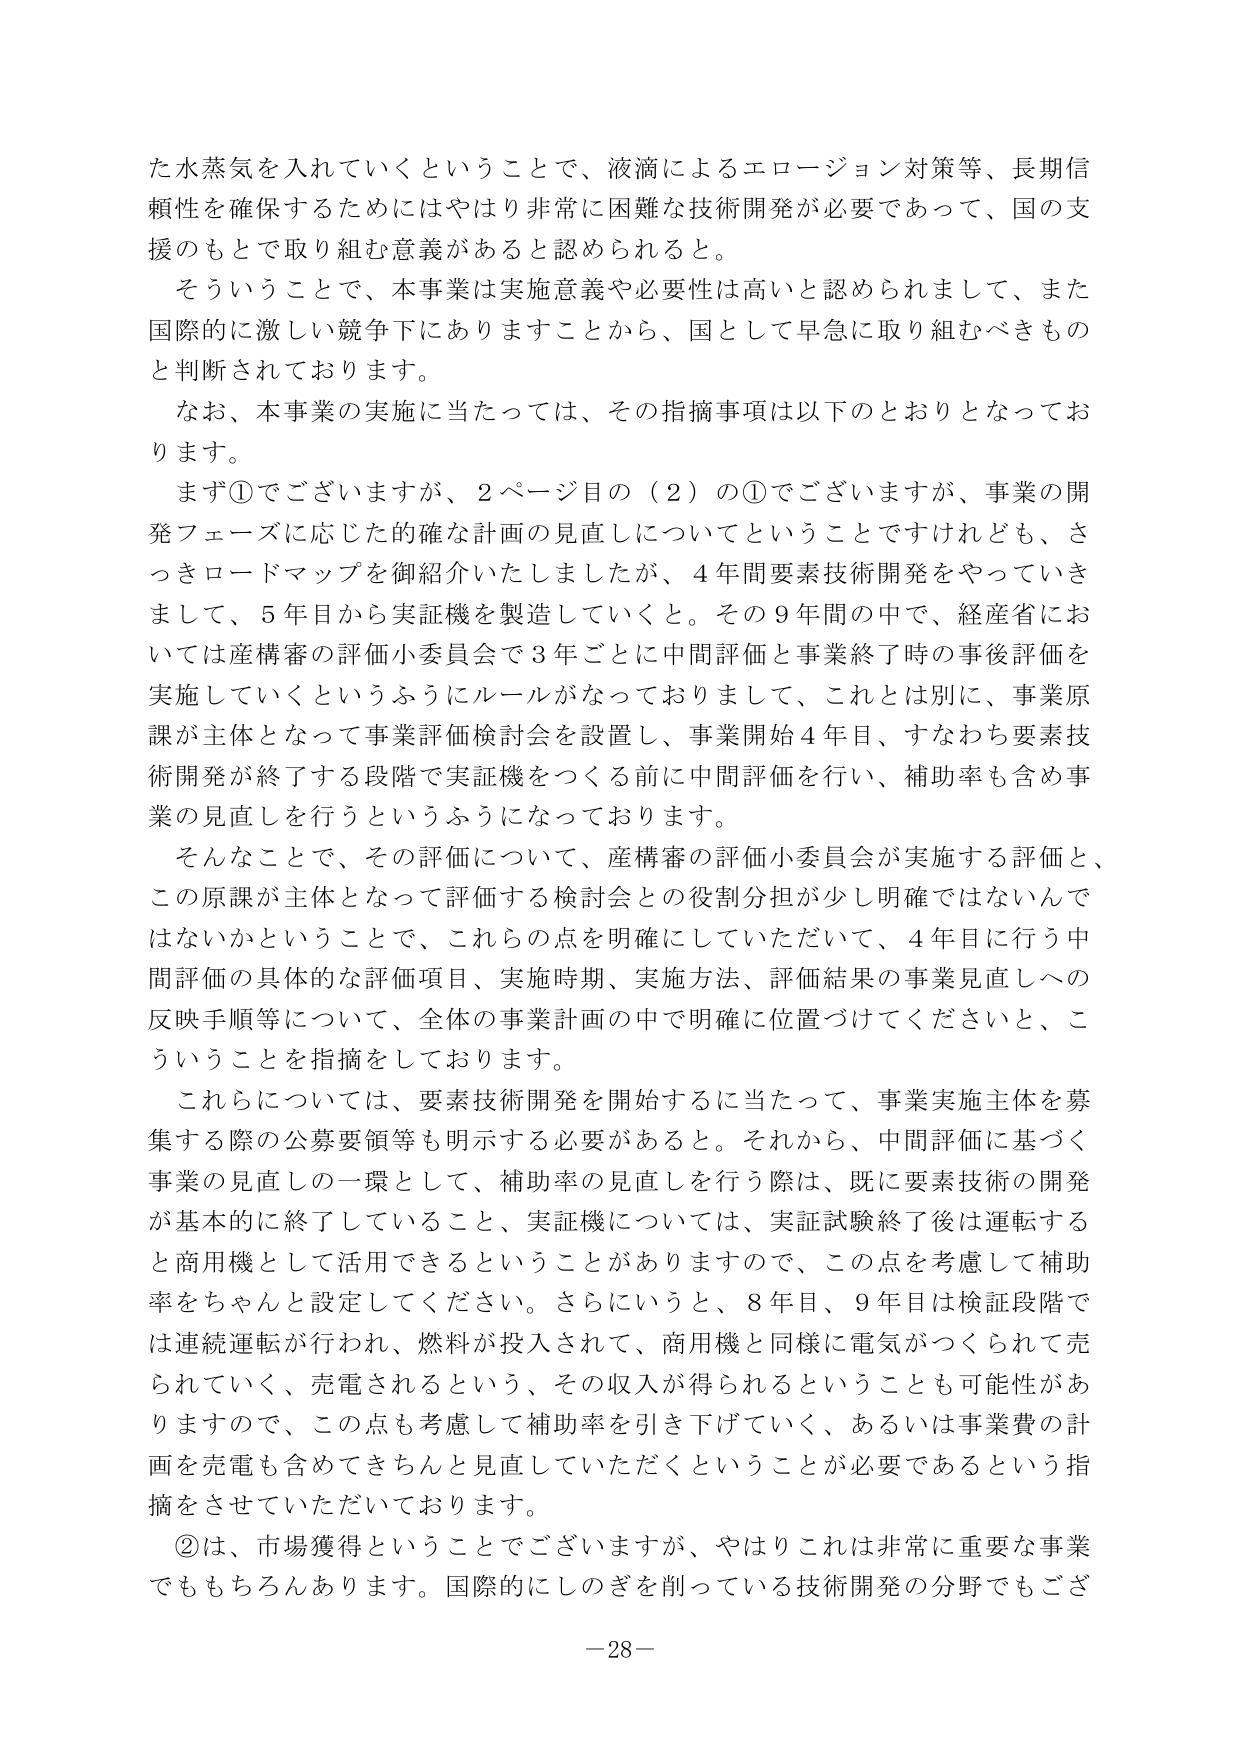
た水蒸気を入れていくということで、液滴によるエロージョン対策等、長期信頼性を確保するためにはやはり非常に困難な技術開発が必要であって、国の支援のもとで取り組む意義があると認められる。

そういったことで、本事業は実施意義や必要性は高いと認められまして、また国際的に激しい競争下にありますことから、国として早急に取り組むべきものと判断されております。

なお、本事業の実施に当たっては、その指摘事項は以下のとおりとなっております。

まず①でございますが、2ページ目の（2）の①でございますが、事業の開発フェーズに応じた的確な計画の見直しについてということですけれども、さっきロードマップを御紹介いたしましたが、4年間要素技術開発をやっていきまして、5年目から実証機を製造していくと。その9年間の中で、経産省においては産構審の評価小委員会で3年ごとに中間評価と事業終了時の事後評価を実施していくというふうにルールがなっておりますし、これとは別に、事業原課が主体となって事業評価検討会を設置し、事業開始4年目、すなわち要素技術開発が終了する段階で実証機をつくる前に中間評価を行い、補助率も含め事業の見直しを行うというふうになっております。

そんなことで、その評価について、産構審の評価小委員会が実施する評価と、この原課が主体となって評価する検討会との役割分担が少し明確ではないんじゃないかということで、これらの点を明確にしていただいて、4年目に行う中間評価の具体的な評価項目、実施時期、実施方法、評価結果の事業見直しへの反映手順等について、全体の事業計画の中で明確に位置づけてくださいと、こういうことを指摘しております。

これらについては、要素技術開発を開始するに当たって、事業実施主体を募集する際の公募要領等も明示する必要があると。それから、中間評価に基づく事業の見直しの一環として、補助率の見直しを行う際は、既に要素技術の開発が基本的に終了していること、実証機については、実証試験終了後は運転すると商用機として活用できるということがありますので、この点を考慮して補助率をちゃんと設定してください。さらにいうと、8年目、9年目は検証段階では連続運転が行われ、燃料が投入されて、商用機と同様に電気がつくられて売られていく、売電されるという、その収入が得られるということも可能性がありますので、この点も考慮して補助率を引き下げていく、あるいは事業費の計画を売電も含めてきちんと見直していただくということが必要であるという指摘をさせていただいております。

②は、市場獲得ということでございますが、やはりこれは非常に重要な事業でももちろんあります。国際的にしのぎを削っている技術開発の分野でもござ

－28－